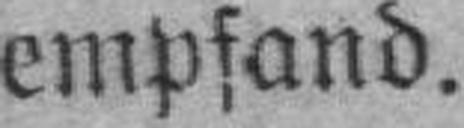
empfand.